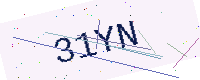
Text: 31YN